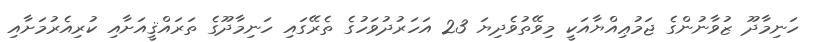
ހަނިމާދޫ ޒުވާނުންގެ ޖަމުޢިއްޔާއަކީ މިވޭތުވެދިޔަ 23 އަހަރުދުވަހުގެ ތެރޭގައި ހަނިމާދޫގެ ތަރައްޤީއަށާއި ކުރިއެރުމަށާއި